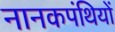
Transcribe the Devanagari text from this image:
नानकपंथियों